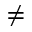
\neq